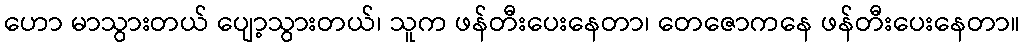
ဟော မာသွားတယ် ပျော့သွားတယ်၊ သူက ဖန်တီးပေးနေတာ၊ တေဇောကနေ ဖန်တီးပေးနေတာ။